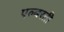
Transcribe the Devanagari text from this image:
एल्बरती